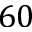
6 0